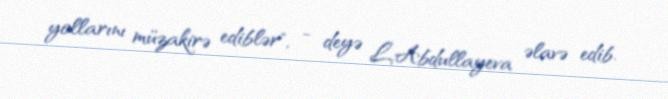
yollarını müzakirə ediblər", - deyə L.Abdullayeva əlavə edib.